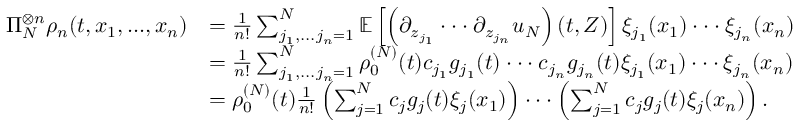
\begin{array} { r l } { \Pi _ { N } ^ { \otimes n } \rho _ { n } ( t , x _ { 1 } , . . . , x _ { n } ) } & { = \frac { 1 } { n ! } \sum _ { j _ { 1 } , . . . j _ { n } = 1 } ^ { N } \mathbb { E } \left[ \left( \partial _ { z _ { j _ { 1 } } } \cdot \cdot \cdot \partial _ { z _ { j _ { n } } } u _ { N } \right) ( t , Z ) \right] \xi _ { j _ { 1 } } ( x _ { 1 } ) \cdot \cdot \cdot \xi _ { j _ { n } } ( x _ { n } ) } \\ & { = \frac { 1 } { n ! } \sum _ { j _ { 1 } , . . . j _ { n } = 1 } ^ { N } \rho _ { 0 } ^ { ( N ) } ( t ) c _ { j _ { 1 } } g _ { j _ { 1 } } ( t ) \cdot \cdot \cdot c _ { j _ { n } } g _ { j _ { n } } ( t ) \xi _ { j _ { 1 } } ( x _ { 1 } ) \cdot \cdot \cdot \xi _ { j _ { n } } ( x _ { n } ) } \\ & { = \rho _ { 0 } ^ { ( N ) } ( t ) \frac { 1 } { n ! } \left( \sum _ { j = 1 } ^ { N } c _ { j } g _ { j } ( t ) \xi _ { j } ( x _ { 1 } ) \right) \cdot \cdot \cdot \left( \sum _ { j = 1 } ^ { N } c _ { j } g _ { j } ( t ) \xi _ { j } ( x _ { n } ) \right) . } \end{array}